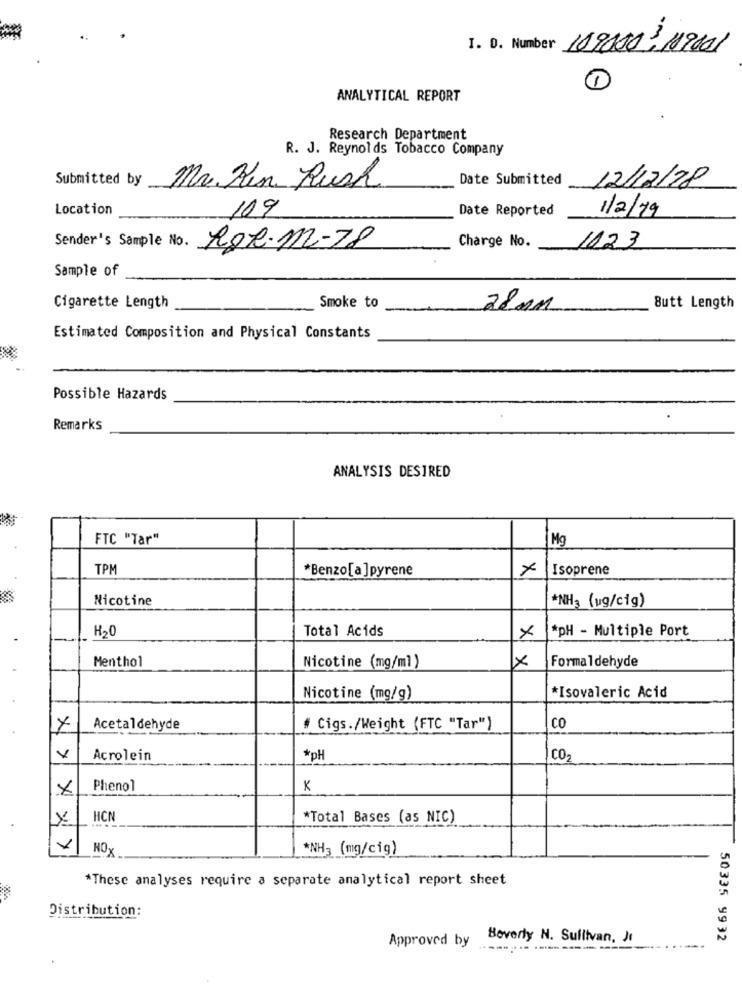
I. D. Number 189000: 119601
1
ANALYTICAL REPORT
Research Department
R. J. Reynolds Tobacco Company
Submitted by
Date Submitted
12/12/18
Mr.Kin Rush
Location
109
Date Reported
1/2/19
Ror.M-78
Sender's Sample No.
Charge No.
1123
Sample of
Cigarette Length
Smoke to
28mm
Butt Length
Estimated Composition and Physical Constants
Possible Hazards
Remarks
ANALYSIS DESIRED
FTC "Tar"
Mg
TPM
*Benzo[a ]pyrene
Isoprene
Nicotine
*NH3 (ug/cig)
H20
Total Acids
*pH - Multiple Port
×
Menthol
×
Formaldehyde
Nicotine (mg/ml )
Nicotine (mg/g)
*Isovaleric Acid
Acetaldehyde
# Cigs./Weight (FTC "Tar")
CO
x
Acrolein
pH
CO-
X
Phenol
×
HCN
*Total Bases (as NIC)
NOX
*NH3 (mg/cig)
*These analyses require a separate analytical report sheet
Distribution:
Approved by
Beverly N. Sullivan, It
50335 9932